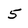
Character: 5